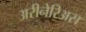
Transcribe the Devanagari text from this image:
अरीनेरिअस